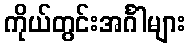
ကိုယ်တွင်းအင်္ဂါများ